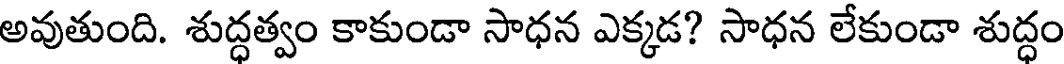
అవుతుంది. శుద్ధత్వం కాకుండా సాధన ఎక్కడ? సాధన లేకుండా శుద్ధం